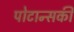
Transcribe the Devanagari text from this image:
पोटान्सकी